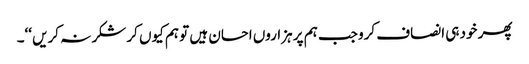
پھر خود ہی انصاف کرو جب ہم پر ہزاروں احسان ہیں تو ہم کیوں کر شکر نہ کریں ‘‘۔